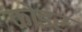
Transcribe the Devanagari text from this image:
कोइर